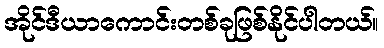
အိုင်ဒီယာကောင်းတစ်ခုဖြစ်နိုင်ပါတယ်။